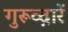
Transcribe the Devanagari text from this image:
गुरूव्‍द़ारें